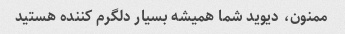
ممنون، دیوید شما همیشه بسیار دلگرم کننده هستید